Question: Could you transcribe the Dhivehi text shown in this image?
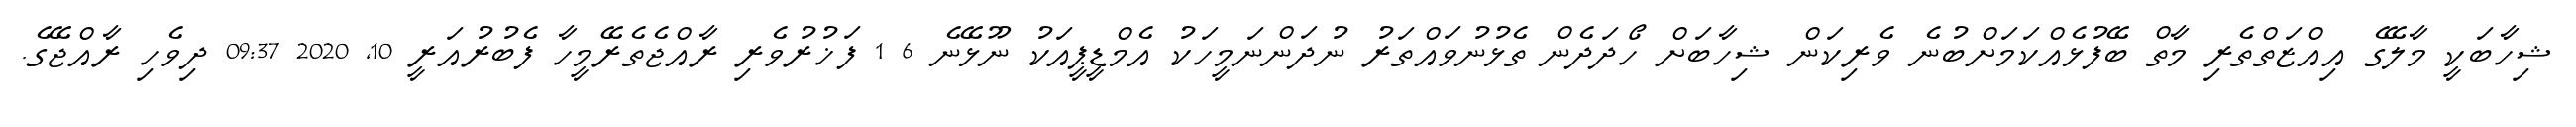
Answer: ޝިހާބަކީ މާލޭގެ އިއްޒަތްތެރި މާތް ބޭފުޅެއްކަމަށްބުނެ ވެރިކަން ޝިހާބަށް ހޯދަދެން ތެޅުނުވައްތަރު ނުދަންނަމީހަކު އެމްޑީޕީއަކު ނޫޅޭނެ 6 1 ފަޚުރުވެރި ރާއްޖެތެރޭމީހާ ފެބުރުއަރީ 10, 2020 09:37 ދިވެހި ރާއްޖޭގެ.